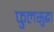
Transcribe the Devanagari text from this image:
फुलसुद्धा